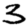
Digit: 3